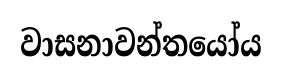
වාසනාවන්තයෝය